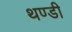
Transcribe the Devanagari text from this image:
थण्डी